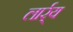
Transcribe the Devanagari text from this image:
लार्र्य